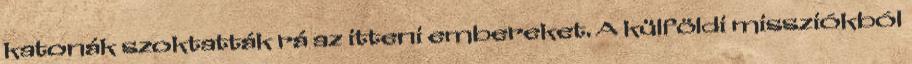
katonák szoktatták rá az itteni embereket. A külföldi missziókból